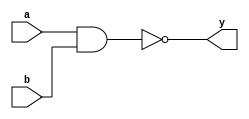
module nandgatee ( a ,b ,y );

input a ;
wire a ;
input b ;
wire b ;
output y ;
wire y ;
assign y = ~ (a & b);

endmodule